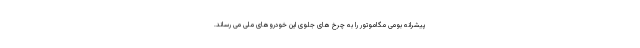
پیشرانه بومی مگاموتور را به چرخ های جلوی این خودروهای ملی می رساند.